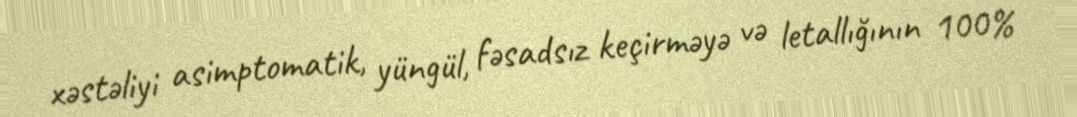
xəstəliyi asimptomatik, yüngül, fəsadsız keçirməyə və letallığının 100%